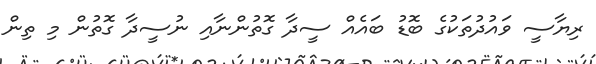
ރިޔާސީ ވައުދުތަކުގެ ބޮޑު ބައެއް ސީދާ ގޮތުންނާއި ނުސީދާ ގޮތުން މި ތިން